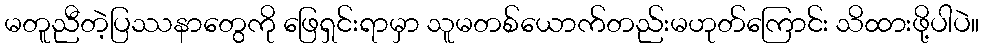
မတူညီတဲ့ပြဿနာတွေကို ဖြေရှင်းရာမှာ သူမတစ်ယောက်တည်းမဟုတ်ကြောင်း သိထားဖို့ပါပဲ။